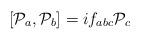
LaTeX: \begin{align*}[{\cal P}_a,{\cal P}_b]=if_{abc}{\cal P}_c\end{align*}